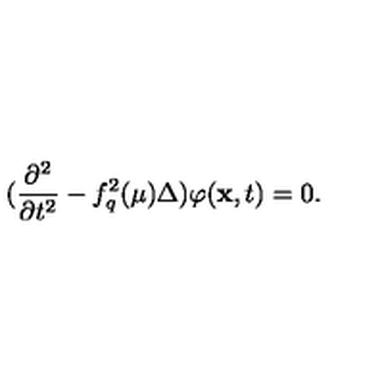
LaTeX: ( \frac { \partial ^ { 2 } } { \partial t ^ { 2 } } - f _ { q } ^ { 2 } ( \mu ) \Delta ) \varphi ( \mathrm { \bf x } , t ) = 0 .